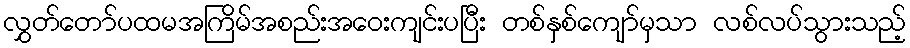
လွှတ်တော်ပထမအကြိမ်အစည်းအဝေးကျင်းပပြီး တစ်နှစ်ကျော်မှသာ လစ်လပ်သွားသည့်